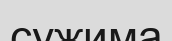
сужима